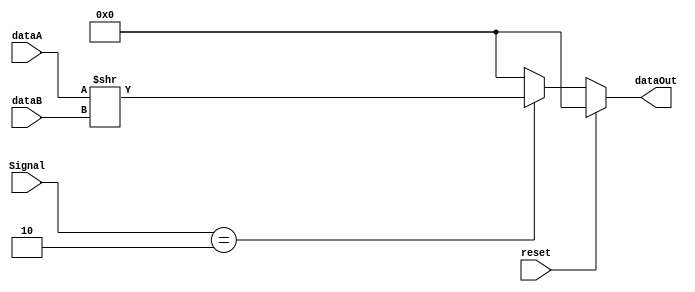
`timescale 1ns/1ns
module Shifter( dataA, dataB, Signal, dataOut, reset );
input reset ;
input [31:0] dataA ;
input [31:0] dataB ;
input [5:0] Signal ;
output [31:0] dataOut ;


reg [31:0] temp ;

parameter SRL = 6'b000010;

/*
=====================================================
UdA{gvWkg
=====================================================
*/
always@( Signal or dataA or dataB or reset )
begin
	if ( reset )
	begin
		temp = 32'b0 ;
	end
/*
resetT pGOresetNk0
*/
	else
	begin
		case ( Signal )
		SRL:
		begin
			temp = dataA >> dataB ;
		end
		default: temp = 32'b0 ;	
	
		endcase
	end
/*
B
*/
end
assign dataOut = temp ;
/*
=====================================================
WdA{gvWkg
=====================================================
*/

endmodule